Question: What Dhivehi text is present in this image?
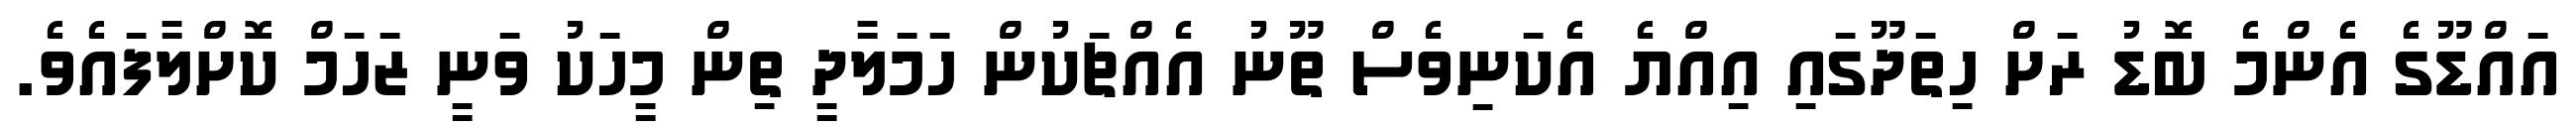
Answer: އައްޑޫގެ އެންމެ ބޮޑު ރަށް ހިތަދޫގައި އިއްޔެ އެކަނިވެސް ތޫނު އެއްޗަކުން ހަމަލާދީ ތިން މީހަކު ވަނީ ޒަހަމް ކޮށްލާފައެވެ.